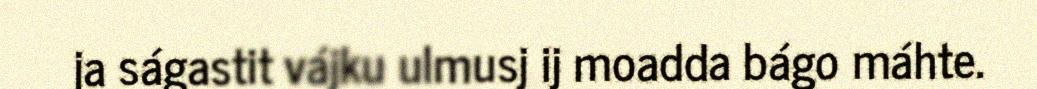
ja ságastit vájku ulmusj ij moadda bágo máhte.